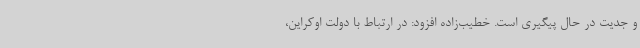
و جدیت در حال پیگیری است. خطیب‌زاده افزود: در ارتباط با دولت اوکراین،